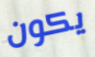
يكون